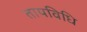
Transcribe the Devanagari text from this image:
तापविधि